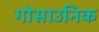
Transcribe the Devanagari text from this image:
गोसाउनिक